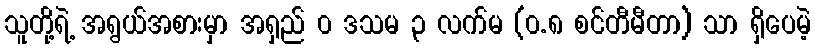
သူတို့ရဲ့ အရွယ်အစားမှာ အရှည် ၀ ဒသမ ၃ လက်မ (၀.၈ စင်တီမီတာ) သာ ရှိပေမဲ့